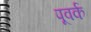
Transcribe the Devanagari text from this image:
पूवर्क